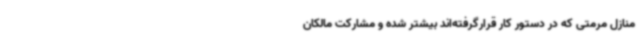
منازل مرمتی که در دستور کار قرارگرفته‌اند بیشتر شده و مشارکت مالکان